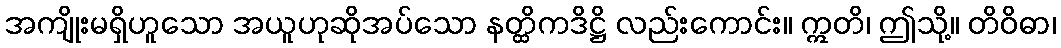
အကျိုးမရှိဟူသော အယူဟုဆိုအပ်သော နတ္ထိကဒိဋ္ဌိ လည်းကောင်း။ ဣတိ၊ ဤသို့။ တိဝိဓာ၊